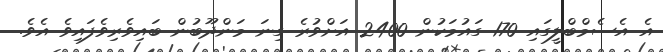
އެ އެސެމްބްލީގައި 170 ގައުމަކުން 2400 އަށްވުރެ ގިނަ މަންދޫބުން ބައިވެރިވެފައިވެ އެވެ.